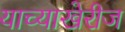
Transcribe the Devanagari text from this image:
याच्याखेरीज